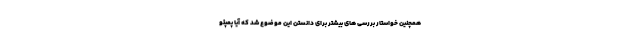
همچنین خواستار بررسی های بیشتر برای دانستن این موضوع شد که آیا پمپئو